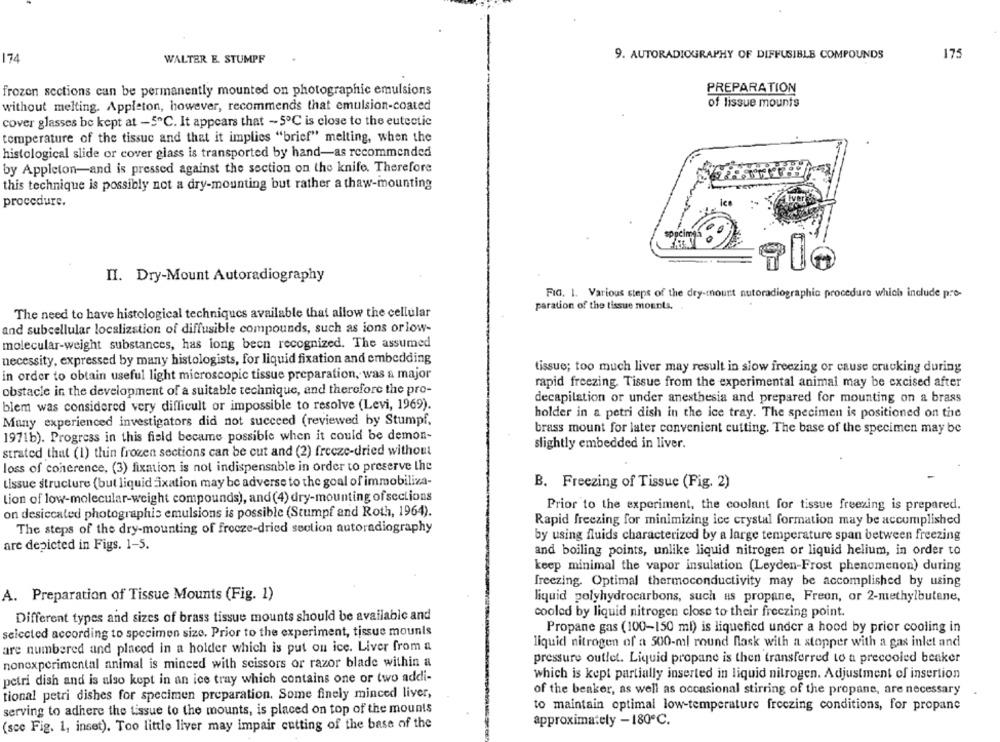
174
WALTER E. STUMPF
9. AUTORADIOGRAPHY OF DIFFUSIBLE COMPOUNDS
175
PREPARATION
frozen sections can be permanently mounted on photographic emulsions
of lissue mounts
without melting. Appleton, however, recommends that emulsion-coated
cover glasses be kept at -5℃. It appears that ~ 5℃ is close to the eutectic
temperature of the tissue and that it implies "brief" melting, when the
histological slide or cover glass is transported by hand-as recommended
by Appleton-and is pressed against the section on the knife. Therefore
this technique is possibly not a dry-mounting but rather a thaw-mounting
procedure.
II. Dry-Mount Autoradiography
FIG. 1. Various steps of the dry-mount nutoradiographic procedure which include pro-
paration of the tissue mounts ..
The need to have histological techniques available that allow the cellular
and subcellular localization of diffusible compounds, such as ions orlow-
molecular-weight substances, has long been recognized. The assumed
necessity, expressed by many histologists, for liquid fixation and embedding
tissue; too much liver may result in slow freezing or cause cracking during
in order to obtain useful light microscopic tissue preparation, was a major
rapid freezing Tissue from the experimental animal may be excised after
obstacle in the development of a suitable technique, and therefore the pro-
decapitation or under anesthesia and prepared for mounting on a brass
blem was considered very difficult or impossible to resolve (Levi, 1969).
holder in a petri dish in the ice tray. The specimen is positioned on the
Many experienced investigators did not succeed (reviewed by Stumpf,
brass mount for later convenient cutting. The base of the specimen may be
1971b). Progress in this field became possible when it could be demon-
slightly embedded in liver.
strated that (1) thin frozen sections can be cut and (2) freeze-dried without
loss of coherence, (3) fixation is not indispensable in order to preserve the
Lissue structure (but liquid fixation may be adverse to the goal of immobiliza-
B. Freezing of Tissue (Fig. 2)
Lion of low-molecular-weight compounds), and(4) dry-mounting of sections
on desiccated photographis emulsions is possible (Stumpf and Roth, 1964).
Prior to the experiment, the coolant for tissue freezing is prepared.
Rapid freezing for minimizing ice crystal formation may be accomplished
The steps of the dry-mounting of frecze-dried section autoradiography
by using fluids characterized by a large temperature span between freezing
are depicted in Figs. 1-5.
and boiling points, unlike liquid nitrogen or liquid helium, in order to
keep minimal the vapor insulation (Leyden-Frost phenomenon) during
freezing. Optimal thermoconductivity may be accomplished by using
A. Preparation of Tissue Mounts (Fig. 1)
liquid polyhydrocarbons, such as propane, Freon, or 2-methylbutane,
cooled by liquid nitrogen close to their freezing point.
Different types and sizes of brass tissue mounts should be available and
Propane gas (100-150 ml) is liquefied under a hood by prior cooling in
seiccted according to specimen size. Prior to the experiment, tissue mounls
liquid nitrogen of a 500-ml round flask with a stopper with a gas inlet and
are numbered and placed in a holder which is put on ice. Liver from a
pressure outlet. Liquid propane is then transferred to a precooled beaker
nonexperimental animal is minced with scissors or razor blade within a
which is kept partially inserted in liquid nitrogen. Adjustment of insertion
petri dish and is also kept in an ice tray which contains one or two addi-
tional petri dishes for specimen preparation. Some finely minced liver,
of the beaker, as well as occasional stirring of the propane, are necessary
serving to adhere the tissue to the mounts, is placed on top of the mounts
to maintain optimal low-temperature freezing conditions, for propane
(sce Fig. 1, inset). Too little liver may impair cutting of the base of the
approximately -180℃.